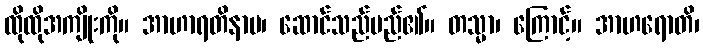
ထိုထိုအကျိုးကို။ အာဟာရတိနာမ၊ ဆောင်သည်မည်၏။ တသ္မာ၊ ကြောင့်။ အာဟရောတိ၊